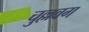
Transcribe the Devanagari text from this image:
चुल्लवग